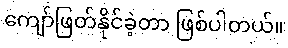
ကျော်ဖြတ်နိုင်ခဲ့တာ ဖြစ်ပါတယ်။